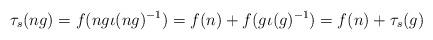
LaTeX: \begin{align*}\tau_{s}(ng) = f(ng \iota(ng)^{-1}) = f(n) + f(g \iota(g)^{-1}) = f(n) + \tau_{s}(g)\end{align*}